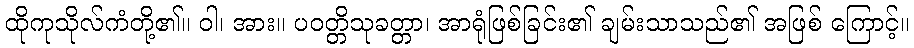
ထိုကုသိုလ်ကံတို့၏။ ဝါ၊ အား။ ပဝတ္တိသုခတ္တာ၊ အာရုံဖြစ်ခြင်း၏ ချမ်းသာသည်၏ အဖြစ် ကြောင့်။